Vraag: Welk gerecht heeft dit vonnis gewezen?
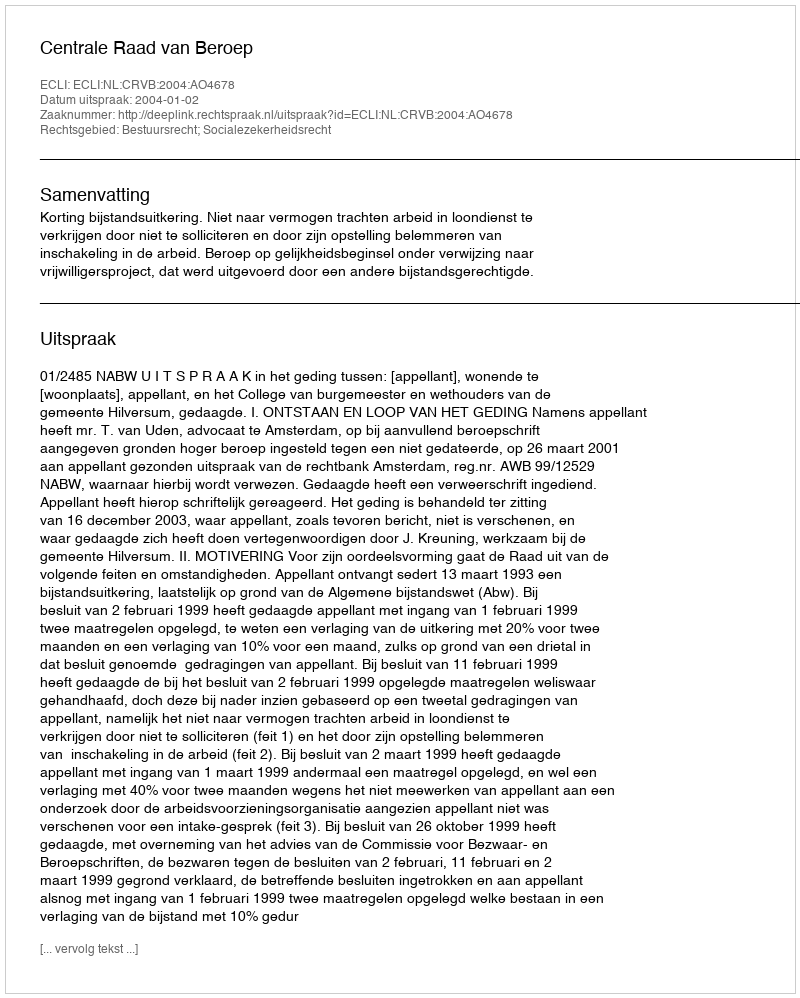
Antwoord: Centrale Raad van Beroep